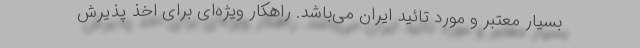
بسیار معتبر و مورد تائید ایران می‌باشد. راهکار ویژه‌ای برای اخذ پذیرش